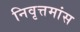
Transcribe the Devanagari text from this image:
निवृत्तमांस